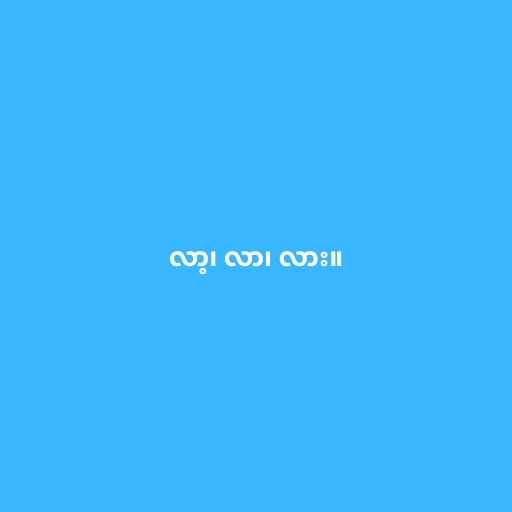
လာ့၊ လာ၊ လား။